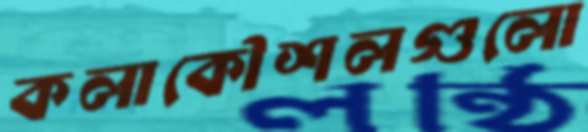
কলাকৌশলগুলো